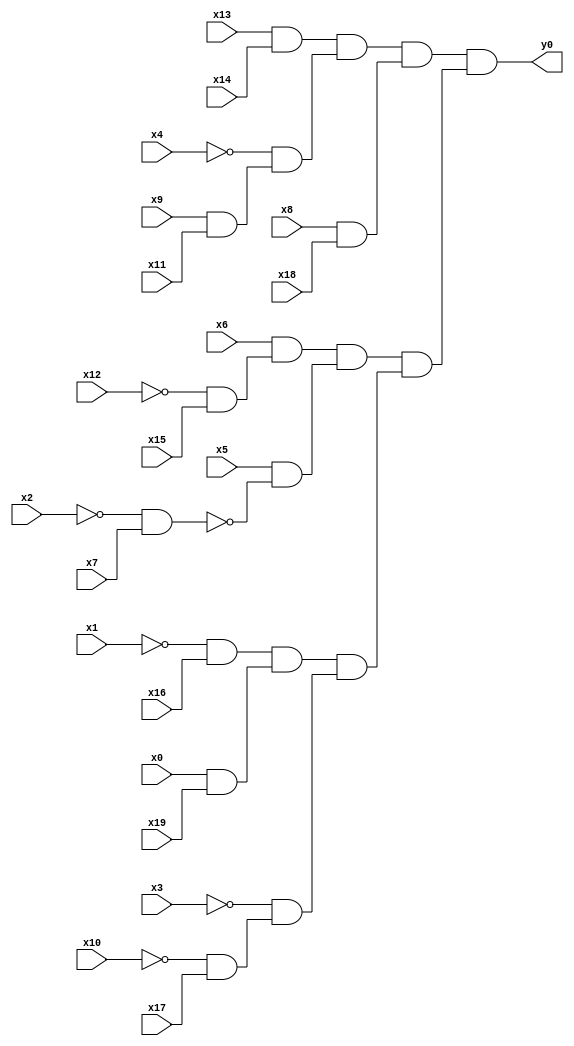
module top( x0 , x1 , x2 , x3 , x4 , x5 , x6 , x7 , x8 , x9 , x10 , x11 , x12 , x13 , x14 , x15 , x16 , x17 , x18 , x19 , y0 );
  input x0 , x1 , x2 , x3 , x4 , x5 , x6 , x7 , x8 , x9 , x10 , x11 , x12 , x13 , x14 , x15 , x16 , x17 , x18 , x19 ;
  output y0 ;
  wire n21 , n22 , n23 , n24 , n25 , n26 , n27 , n28 , n29 , n30 , n31 , n32 , n33 , n34 , n35 , n36 , n37 , n38 , n39 ;
  assign n21 = x13 & x14 ;
  assign n22 = x9 & x11 ;
  assign n23 = ~x4 & n22 ;
  assign n24 = n21 & n23 ;
  assign n25 = x8 & x18 ;
  assign n26 = n24 & n25 ;
  assign n27 = ~x12 & x15 ;
  assign n28 = x6 & n27 ;
  assign n29 = ~x2 & x7 ;
  assign n30 = x5 & ~n29 ;
  assign n31 = n28 & n30 ;
  assign n32 = ~x1 & x16 ;
  assign n33 = x0 & x19 ;
  assign n34 = n32 & n33 ;
  assign n35 = ~x10 & x17 ;
  assign n36 = ~x3 & n35 ;
  assign n37 = n34 & n36 ;
  assign n38 = n31 & n37 ;
  assign n39 = n26 & n38 ;
  assign y0 = n39 ;
endmodule